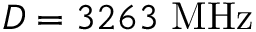
D = 3 2 6 3 ~ \mathrm { M H z }